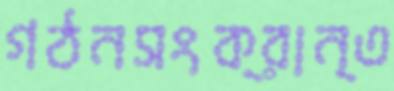
গঠনসংক্রান্ত